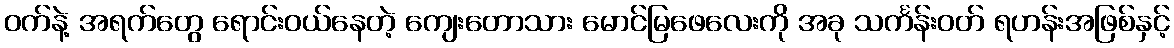
ဝက်နဲ့ အရက်တွေ ရောင်းဝယ်နေတဲ့ ကျေးတောသား မောင်မြဖေလေးကို အခု သင်္ကန်းဝတ် ရဟန်းအဖြစ်နှင့်